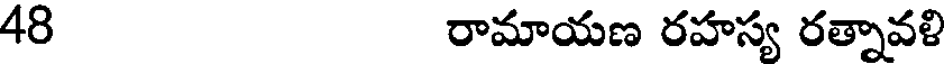
48 రామాయణ రహస్య రత్నావళి